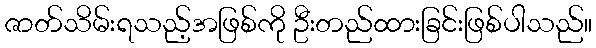
ဇာတ်သိမ်းရသည့်အဖြစ်ကို ဦးတည်ထားခြင်းဖြစ်ပါသည်။